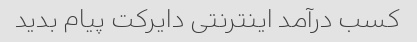
کسب درآمد اینترنتی دایرکت پیام بدید